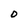
Character: 0